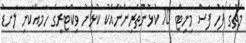
މެޗުގެ ފަހު ފަސް މިނިޓް 10 ކުޅުންތެރިންނާއެކު ކުޅުނު ވިކްޓަރީގެ ހަމައެކަނި ލަނޑު